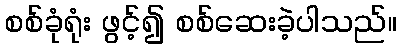
စစ်ခုံရုံး ဖွင့်၍ စစ်ဆေးခဲ့ပါသည်။